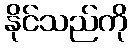
နိုင်သည်ကို